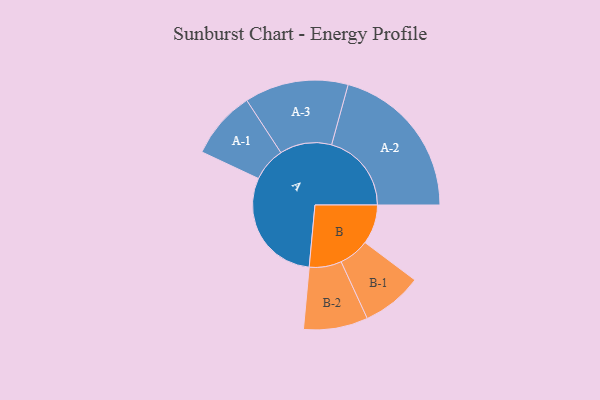
{"axis": {"x": "Segment", "y": "Value"}, "legend": ["", "A", "B"], "data": [{"x": "A", "y": 387, "type": ""}, {"x": "B", "y": 130, "type": ""}, {"x": "A-1", "y": 112, "type": "A"}, {"x": "A-2", "y": 263, "type": "A"}, {"x": "A-3", "y": 171, "type": "A"}, {"x": "B-1", "y": 100, "type": "B"}, {"x": "B-2", "y": 106, "type": "B"}]}